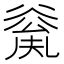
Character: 𠔲